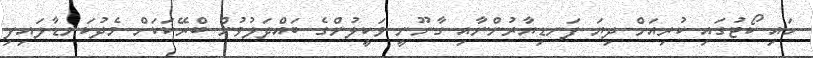
ހައި ކޯޓުގައި ކުރިއަށް ދިޔަ ފަނޑިޔާރުންނާއި ގާނޫނީ ވަކީލުންގެ ބައްދަލުވުން ބްރޭކަކަށް މެދުކަނޑާލައިފި